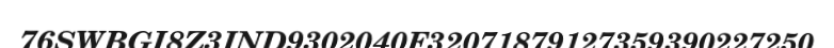
76SWBGI8Z3IND9302040F32071879127359390227250